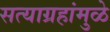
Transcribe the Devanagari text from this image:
सत्याग्रहांमुळे